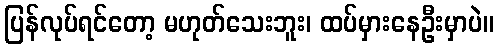
ပြန်လုပ်ရင်တော့ မဟုတ်သေးဘူး၊ ထပ်မှားနေဦးမှာပဲ။